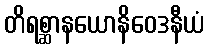
တိရစ္ဆာနယောနိဝေဒနီယံ